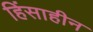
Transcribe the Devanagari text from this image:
हिंसाहीन